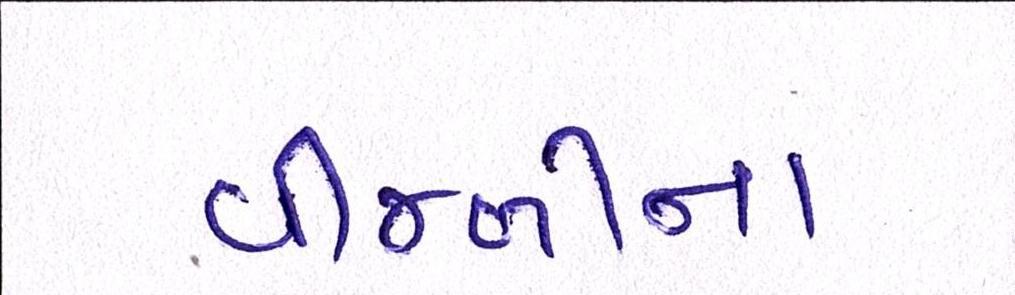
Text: વીજળીના